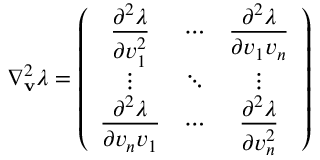
\nabla _ { \mathbf { v } } ^ { 2 } \lambda = \left( \begin{array} { c c c } { \displaystyle \frac { \partial ^ { 2 } \lambda } { \partial v _ { 1 } ^ { 2 } } } & { \cdots } & { \displaystyle \frac { \partial ^ { 2 } \lambda } { \partial v _ { 1 } v _ { n } } } \\ { \vdots } & { \ddots } & { \vdots } \\ { \displaystyle \frac { \partial ^ { 2 } \lambda } { \partial v _ { n } v _ { 1 } } } & { \cdots } & { \displaystyle \frac { \partial ^ { 2 } \lambda } { \partial v _ { n } ^ { 2 } } } \end{array} \right)